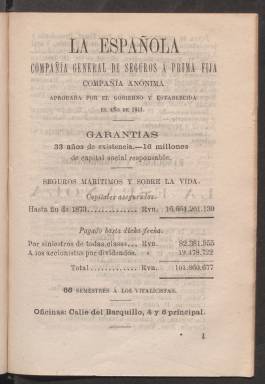
Título: Almanaque de España para el año de ...
Colección: Almanaques
Ámbito geográfico: Madrid
Lugar de publicación: Madrid
Fechas: 01/01/1875-31/12/1883